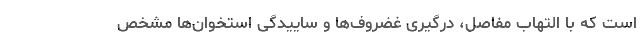
است که با التهاب مفاصل، درگیری غضروف‌ها و ساییدگی استخوان‌ها مشخص